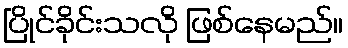
ပြိုင်ခိုင်းသလို ဖြစ်နေမည်။